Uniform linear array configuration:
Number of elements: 64
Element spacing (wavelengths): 0.75
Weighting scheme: cosine
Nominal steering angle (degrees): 30
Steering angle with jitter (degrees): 30.914
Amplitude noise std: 0.05
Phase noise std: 0.05

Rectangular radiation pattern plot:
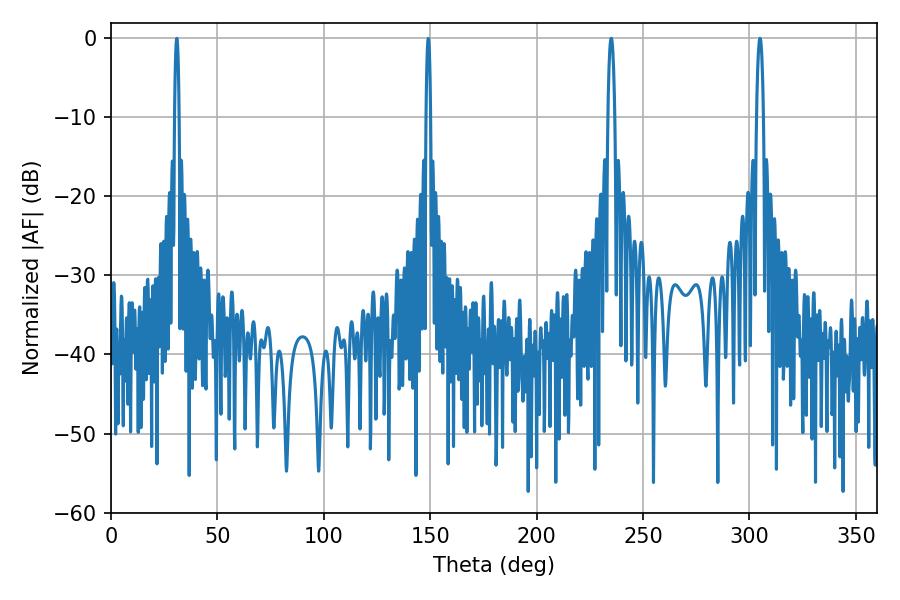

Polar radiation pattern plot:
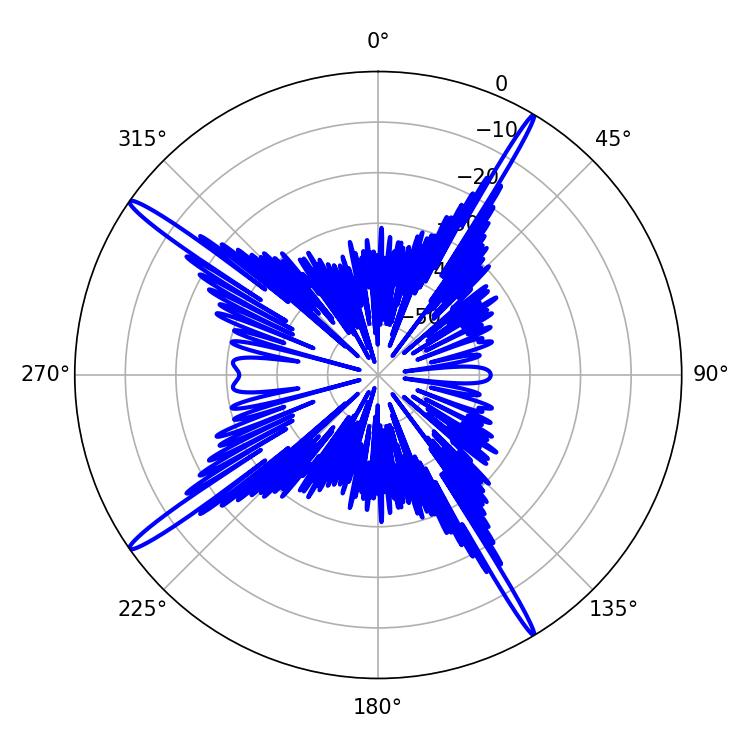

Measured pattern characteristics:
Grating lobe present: TRUE
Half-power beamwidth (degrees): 1.8
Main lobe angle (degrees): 304.92